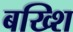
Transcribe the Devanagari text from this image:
बख्शि